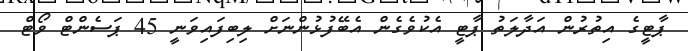
ޕާޓީގެ އިތުރުން އަދާލަތު ޕާޓީ އެކުވެގެން އެބޭފުޅުންނަށް ލިބިފައިވަނީ 45 ޕަސެންޓް ވޯޓް